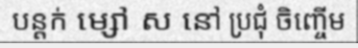
បន្តក់ ម្សៅ ស នៅ ប្រជុំ ចិញ្ចើម